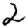
Digit: 2